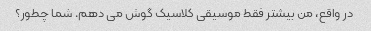
در واقع، من بیشتر فقط موسیقی کلاسیک گوش می دهم. شما چطور؟